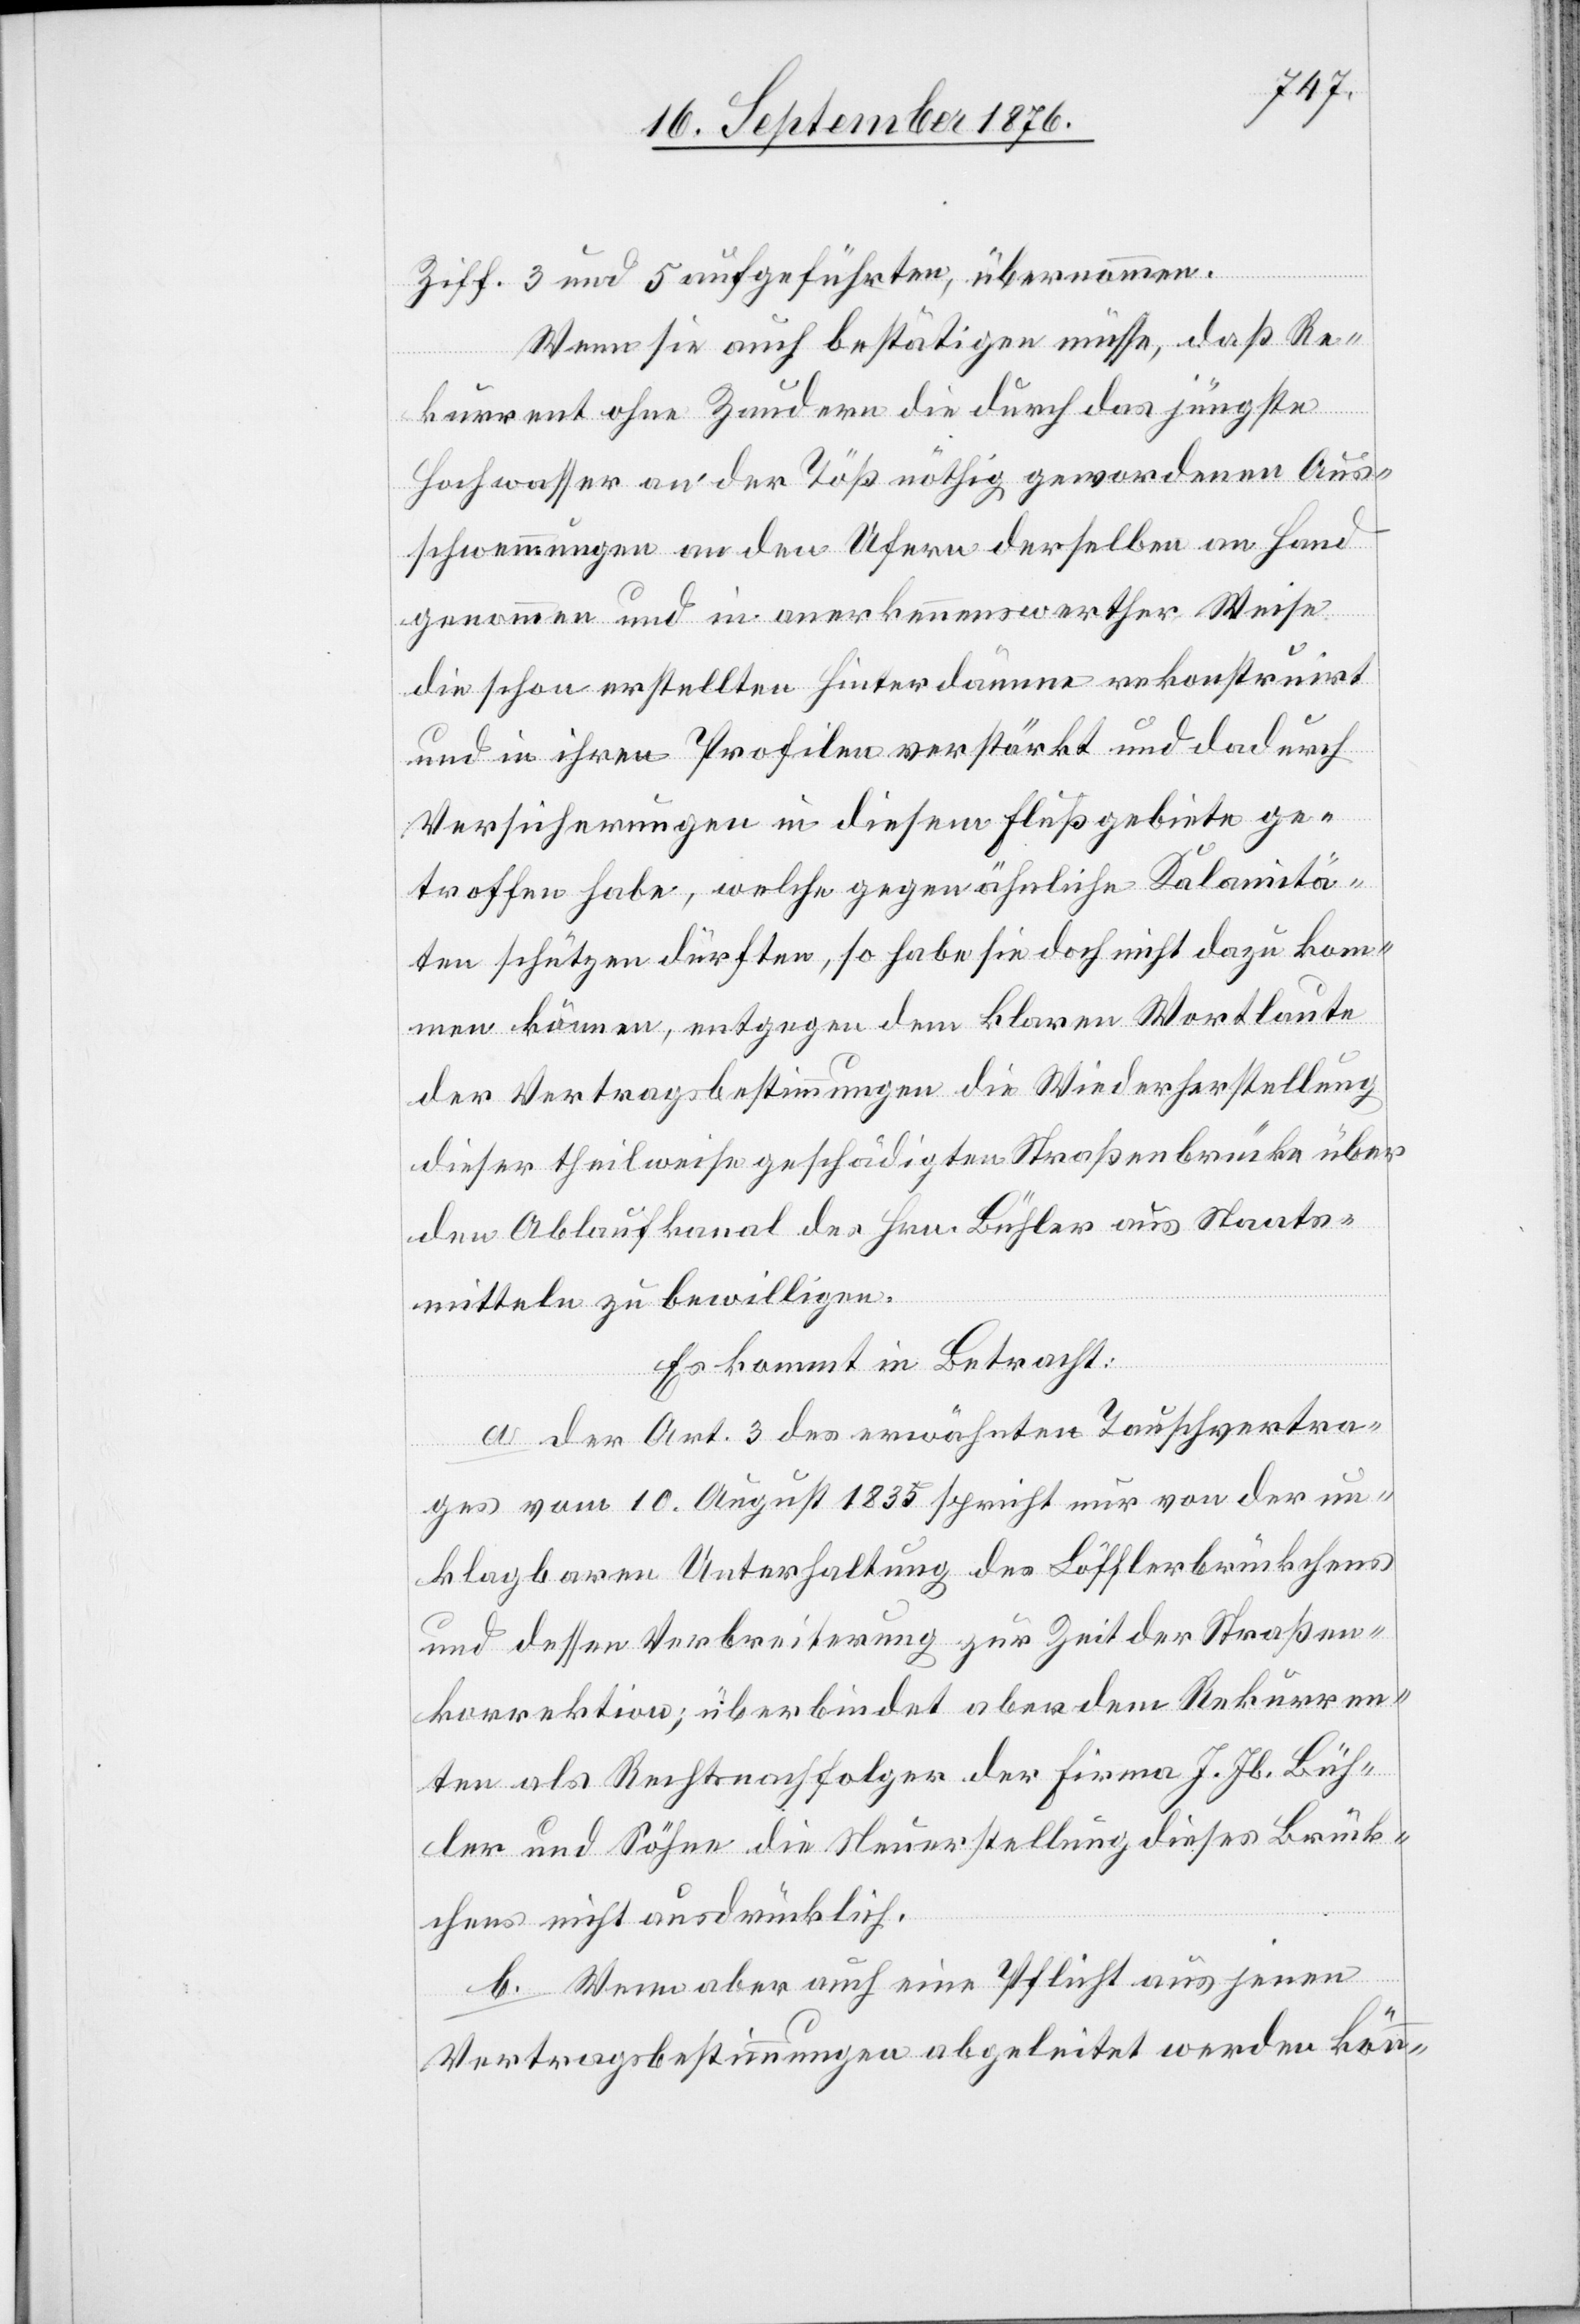
Ziff. 3 und 5 aufgeführten, übernommen.
Wenn sie auch bestätigen müsse, daß Re¬
kurrent ohne Zaudern die durch das jüngste
Hochwasser an der Töß nöthig gewordenen Aus¬
schwemmungen an den Ufern derselben an Hand
genommen und in anerkennenswerther Weise
die schon erstellten Hinterdämme rekonstruirt
und in ihren Profilen verstärkt und dadurch
Versicherungen in diesem Flußgebiete ge¬
troffen habe, welche gegen ähnliche Kalamitä¬
ten schützen dürften, so habe sie doch nicht dazu kom¬
men können, entgegen dem klaren Wortlaute
der Vertragsbestimmungen die Wiederherstellung
dieser theilweise geschädigten Straßenbrücke über
den Ablaufkanal des Hrn. Bühler aus Staats¬
mitteln zu bewilligen.
Es kommt in Betracht:
a. der Art. 3 des erwähnten Tauschvertra¬
ges vom 10. August 1835 spricht nur von der un¬
klagbaren Unterhaltung des Löfflerbrückchens
und dessen Verbreiterung zur Zeit der Straßen¬
korrektion; überbindet aber dem Rekurren¬
ten als Rechtsnachfolger der Firma J. Jb. [sic!]
Bühler und Söhne die Neuerstellung dieses Brück¬
chens nicht ausdrücklich.
b. Wenn aber auch eine Pflicht aus jenen
Vertragsbestimmungen abgeleitet werden kön-